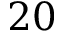
2 0